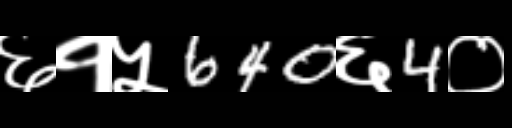
Text: ६१५640६4०